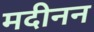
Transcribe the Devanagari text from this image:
मदीनन